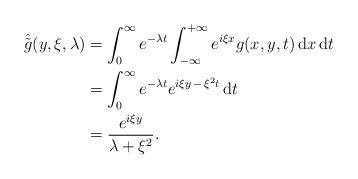
LaTeX: \begin{align*}\hat{\tilde{ g}} (y,\xi, \lambda) &= \int_{0}^{\infty}e^{ - \lambda t} \int_{ -\infty}^{+\infty} e^{i \xi x}g(x,y,t) \, \mathrm{d} x \,\mathrm{d}t\\&= \int_{0}^{\infty}e^{- \lambda t} e^{i \xi y \,- \,\xi^{2} t}\,\mathrm{d} t\\&= \frac{e^{i \xi y}}{\lambda+ \xi^{2}} .\end{align*}